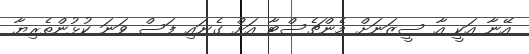
އޭނާ އަކީ އާ ސީޒަނަށް މެންޗެސްޓާ އަށް ގެނައި ފަސް ވަނަ ކުޅުންތެރިޔާ